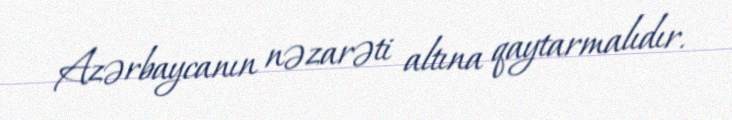
Azərbaycanın nəzarəti altına qaytarmalıdır.